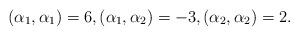
LaTeX: \begin{align*}(\alpha_1,\alpha_1)=6,(\alpha_1,\alpha_2)=-3,(\alpha_2,\alpha_2)=2.\end{align*}